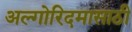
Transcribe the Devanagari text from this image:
अल्गोरिदमासाठी